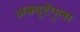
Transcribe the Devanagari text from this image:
अक्यूटँगुला